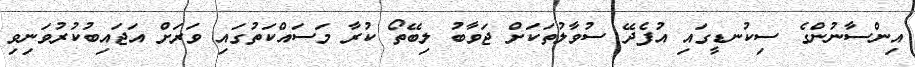
އިންސާނުންގެ ސިކުނޑީގައި އުފެދޭ ސުވާލުތަކަށް ޖަވާބު ލިބޭތޯ ކުރާ މަސައްކަތުގައި ވަރަށް އަޖައިބުކުރުވަނިވި